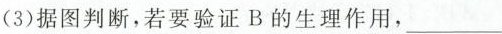
(3)据图判断，若要验证B的生理作用，___